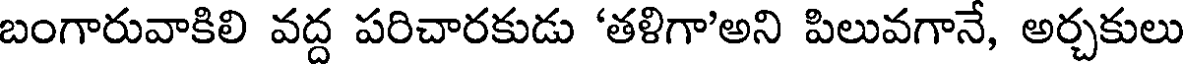
బంగారువాకిలి వద్ద పరిచారకుడు 'తళిగా'అని పిలువగానే, అర్చకులు